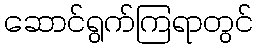
ဆောင်ရွက်ကြရာတွင်